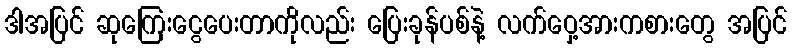
ဒါအပြင် ဆုကြေးငွေပေးတာကိုလည်း ပြေးခုန်ပစ်နဲ့ လက်ဝှေ့အားကစားတွေ အပြင်